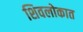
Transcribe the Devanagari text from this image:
शिवलोकात